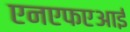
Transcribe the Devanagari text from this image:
एनएफएआई